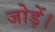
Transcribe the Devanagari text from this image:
जोड़ें।